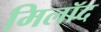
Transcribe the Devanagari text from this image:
मिलॉद